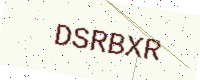
Text: DSRBXR